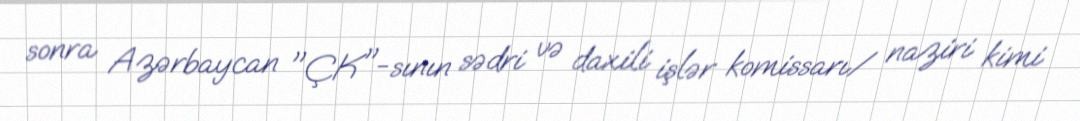
sonra Azərbaycan "ÇK"-sının sədri və daxili işlər komissarı/ naziri kimi